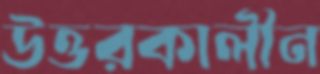
উত্তরকালীন